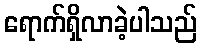
ရောက်ရှိလာခဲ့ပါသည်